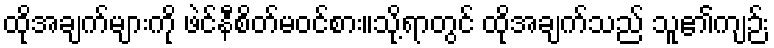
ထိုအချက်များကို ဖဲင်နီစိတ်မဝင်စား။သို့ရာတွင် ထိုအချက်သည် သူ၏ကျဉ်း